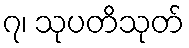
၇၊ သုပတိသုတ်